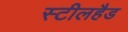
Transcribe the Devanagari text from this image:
स्टीलहैड